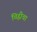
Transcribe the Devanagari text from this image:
चिह्लीचा